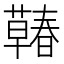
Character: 𰲍